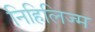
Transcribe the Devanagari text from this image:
निहिलिज्म